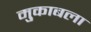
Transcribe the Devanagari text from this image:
मु्काबला